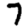
Digit: 7